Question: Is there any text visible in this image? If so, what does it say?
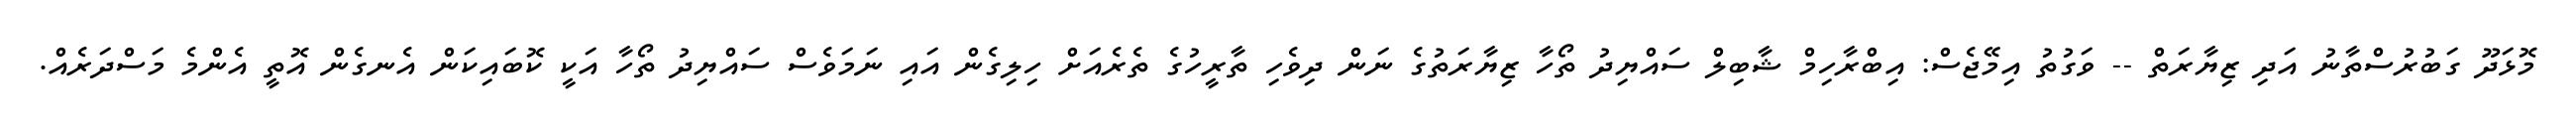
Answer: މޮޅަދޫ ގަބުރުސްތާނު އަދި ޒިޔާރަތް -- ވަގުތު އިމޭޖެސް: އިބްރާހިމް ޝާބިލް ސައްޔިދު ތޯހާ ޒިޔާރަތުގެ ނަން ދިވެހި ތާރީހުގެ ތެރެއަށް ހިލިގެން އައި ނަމަވެސް ސައްޔިދު ތޯހާ އަކީ ކޮބައިކަން އެނގެން އޮތީ އެންމެ މަސްދަރެއް.